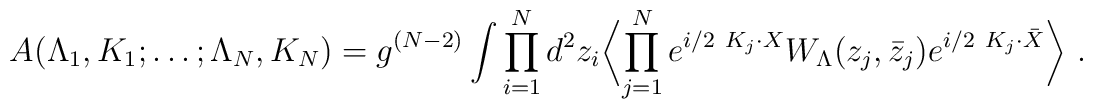
A(\Lambda_1 , K_1 ; \ldots ;\Lambda_N , K_N )=g^{(N-2)}\int\prod_{i=1}^N d^2 z_i\biggl\langle\prod_{j=1}^N e^{i/2\ K_j\cdot X} W_\Lambda (z_j,{\bar z}_j)e^{i/2\ K_j\cdot \bar X} \biggl\rangle \ .